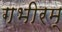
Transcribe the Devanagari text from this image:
गभीरम्